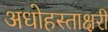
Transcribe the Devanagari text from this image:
अधोहस्ताक्षरी